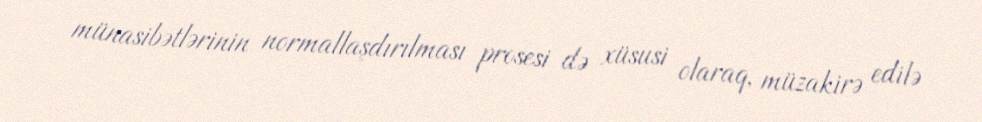
münasibətlərinin normallaşdırılması prosesi də xüsusi olaraq, müzakirə edilə